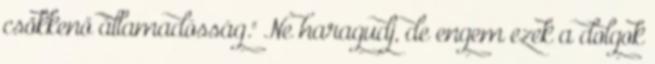
csökkenő államadósság." Ne haragudj, de engem ezek a dolgok